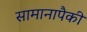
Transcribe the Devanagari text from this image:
सामानापैकी